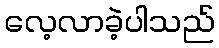
လေ့လာခဲ့ပါသည်